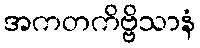
အကတကိဗ္ဗိသာနံ